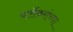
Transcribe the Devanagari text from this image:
पार्सेकरांच्या